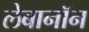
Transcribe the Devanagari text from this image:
लेबानॉन